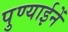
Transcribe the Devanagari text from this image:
पुण्याईनें